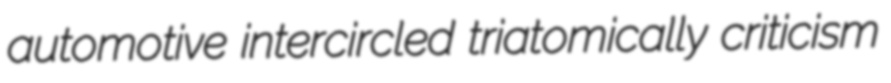
automotive intercircled triatomically criticism